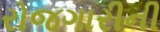
રોજગારીની